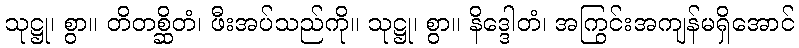
သုဋ္ဌု၊ စွာ။ တိတစ္ဆိတံ၊ ဖီးအပ်သည်ကို။ သုဋ္ဌု၊ စွာ။ နိဒ္ဒေါတံ၊ အကြွင်းအကျန်မရှိအောင်